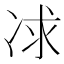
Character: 𠗈